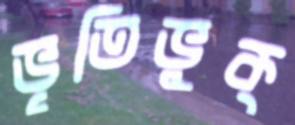
ভৃতিভুক্‌